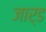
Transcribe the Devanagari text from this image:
जार्ड